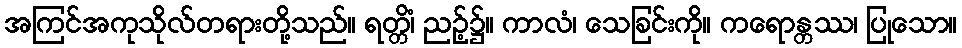
အကြင်အကုသိုလ်တရားတို့သည်။ ရတ္တိံ၊ ညဉ့်၌။ ကာလံ၊ သေခြင်းကို။ ကရောန္တဿ၊ ပြုသော။